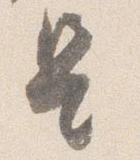
是